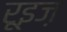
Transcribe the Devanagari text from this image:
रूइज़